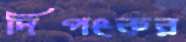
দিপংকর